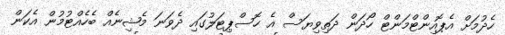
ހެދުމަށް އެޕޮއިންޓްމަންޓް ހޯދަން ދަތިވިޔަސް އެ ހޮސްޕިޓަލުގައި ދެވަނަ މެޝިނެއް ބެހެއްޓުމުން އެކަން